Lunatic asylums Central Provinces reports 1886-1894 - 1886-1894
Year: 1886
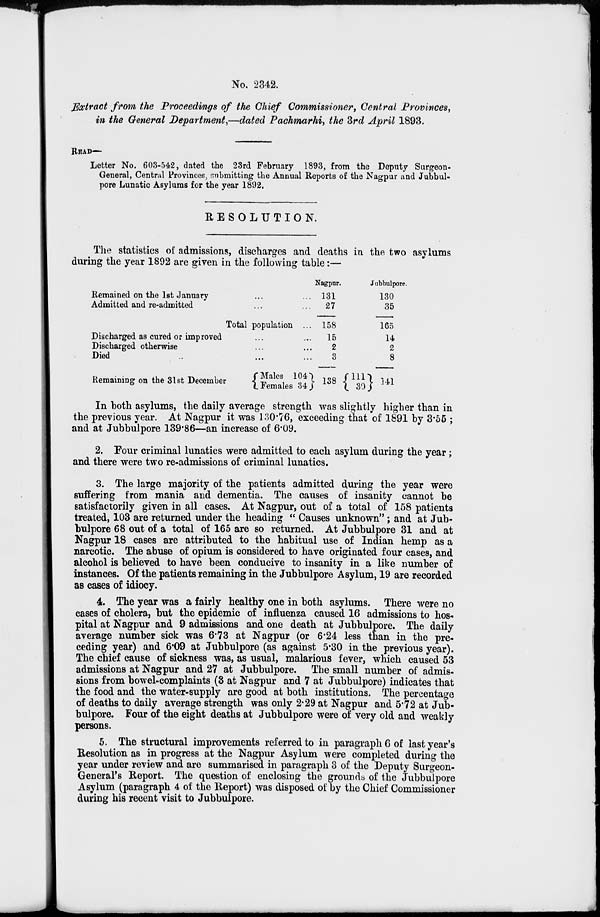
No. 2342.
Extract from the Proceedings of the Chief Commissioner, Central Provinces,
in the General Department,—dated Pachmarhi, the 3rd April 1893.
READ—
Letter No. 603-542, dated the 23rd February 1893, from the Deputy Surgeon-
General, Central Provinces, submitting the Annual Reports of the Nagpur and Jubbul-
pore Lunatic Asylums for the year 1892,
RESOLUTION.
The statistics of admissions, discharges and deaths in the two asylums
during the year 1892 are given in the following table:—
Remained on the 1st January ... ...
Admitted and re-admitted ... ...
Total population ...
Discharged as cured or improved ... ...
Discharged otherwise ... ...
Died ... ...
Remaining on the 31st December
Males 104
Females 34
Nagpur.
131
27
158
15
2
3
138
Jubbulpore.
130
35
165
14
2
8
111
30
141
In both asylums, the daily average strength was slightly higher than in
the previous year. At Nagpur it was 130.76, exceeding that of 1891 by 3.55 ;
and at Jubbulpore 139.86—an increase of 6.09.
2. Four criminal lunatics were admitted to each asylum during the year;
and there were two re-admissions of criminal lunatics.
3. The large majority of the patients admitted during the year were
suffering from mania and dementia. The causes of insanity cannot be
satisfactorily given in all cases. At Nagpur, out of a total of 158 patients
treated, 103 are returned under the heading " Causes unknown"; and at Jub-
bulpore 68 out of a total of 165 are so returned. At Jubbulpore 31 and at
Nagpur 18 cases are attributed to the habitual use of Indian hemp as a
narcotic. The abuse of opium is considered to have originated four cases, and
alcohol is believed to have been conducive to insanity in a like number of
instances. Of the patients remaining in the Jubbulpore Asylum, 19 are recorded
as cases of idiocy.
4. The year was a fairly healthy one in both asylums. There were no
cases of cholera, but the epidemic of influenza caused 16 admissions to hos-
pital at Nagpur and 9 admissions and one death at Jubbulpore. The daily
average number sick was 6.73 at Nagpur (or 6.24 less than in the pre-
ceding year) and 6.09 at Jubbulpore (as against 5.30 in the previous year).
The chief cause of sickness was, as usual, malarious fever, which caused 53
admissions at Nagpur and 27 at Jubbulpore. The small number of admis-
sions from bowel-complaints (3 at Nagpur and 7 at Jubbulpore) indicates that
the food and the water-supply are good at both institutions. The percentage
of deaths to daily average strength was only 2.29 at Nagpur and 5.72 at Jub-
bulpore. Four of the eight deaths at Jubbulpore were of very old and weakly
persons.
5. The structural improvements referred to in paragraph 6 of last year's
Resolution as in progress at the Nagpur Asylum were completed during the
year under review and are summarised in paragraph 3 of the Deputy Surgeon-
General's Report. The question of enclosing the grounds of the Jubbulpore
Asylum (paragraph 4 of the Report) was disposed of by the Chief Commissioner
during his recent visit to Jubbulpore.